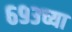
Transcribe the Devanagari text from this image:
६९३च्या